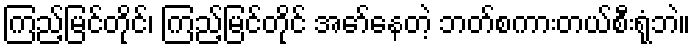
ကြည့်မြင်တိုင်၊ ကြည့်မြင်တိုင် အော်နေတဲ့ ဘတ်စကားတယ်စီးရုံဘဲ။